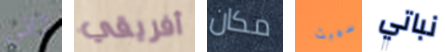
ثاني أفريقي مكان سميث نباتي